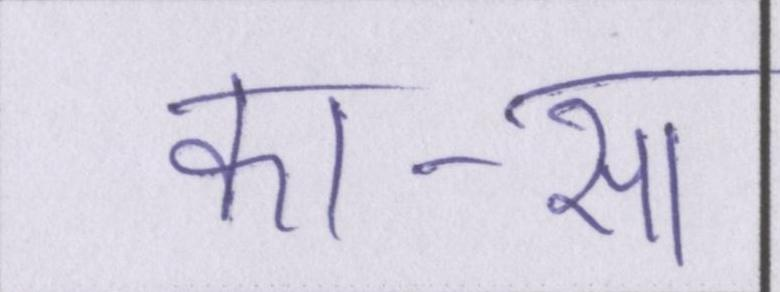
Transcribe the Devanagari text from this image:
का-सा